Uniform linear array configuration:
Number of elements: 32
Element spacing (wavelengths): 1
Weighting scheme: cosine
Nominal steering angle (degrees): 60
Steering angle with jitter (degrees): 59.137
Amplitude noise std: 0.05
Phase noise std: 0.05

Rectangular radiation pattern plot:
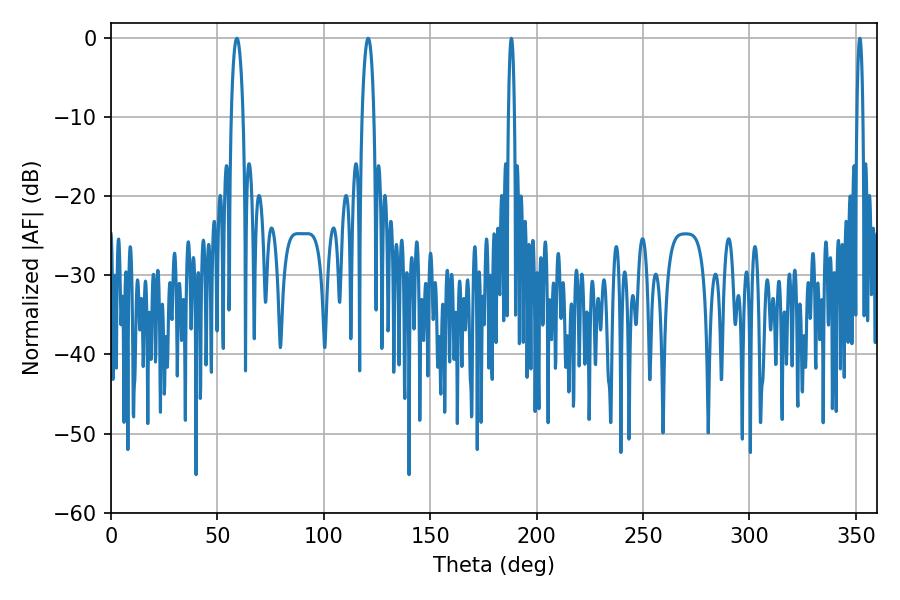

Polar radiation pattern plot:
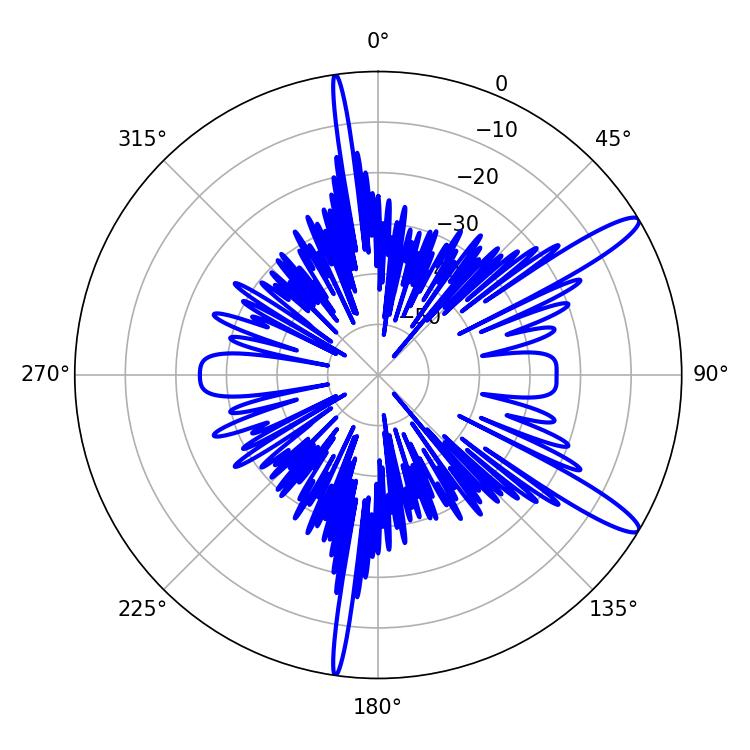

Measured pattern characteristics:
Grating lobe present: TRUE
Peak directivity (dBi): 13.171
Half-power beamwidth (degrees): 1.44
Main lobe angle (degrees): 188.1